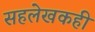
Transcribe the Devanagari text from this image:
सहलेखकही